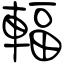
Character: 輻